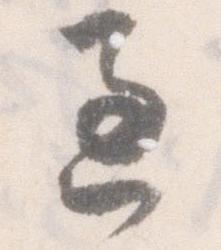
過